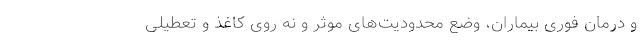
و درمان فوری بیماران، وضع محدودیت‌های موثر و نه روی کاغذ و تعطیلی